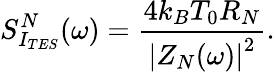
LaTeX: S_{I_{TES}}^{N}(\omega)=\frac{4k_{B}T_{0}R_{N}}{\left|Z_{N}(\omega)\right|^{2}}.